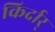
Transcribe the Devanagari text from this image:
किर्दार्